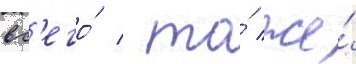
вс'его́ / то́ же́